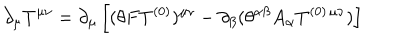
\partial _ { \mu } T ^ { \mu \nu } = \partial _ { \mu } \left[ ( \theta F T ^ { ( 0 ) } ) ^ { \mu \nu } - \partial _ { \beta } ( \theta ^ { \alpha \beta } A _ { \alpha } T ^ { ( 0 ) \, \mu \nu } ) \right]